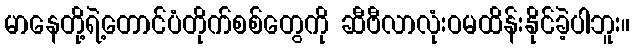
မာနေတို့ရဲ့တောင်ပံတိုက်စစ်တွေကို ဆီဗီလာလုံးဝမထိန်းနိုင်ခဲ့ပါဘူး။